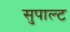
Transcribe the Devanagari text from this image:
सुपाल्ट